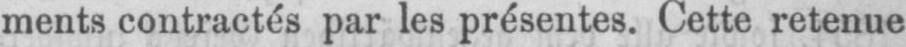
ments contractés par les présentes. Cette retenue